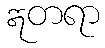
ဣတရာ